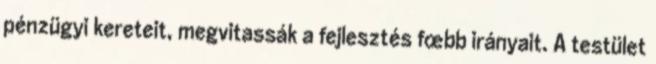
pénzügyi kereteit, megvitassák a fejlesztés fœbb irányait. A testület